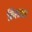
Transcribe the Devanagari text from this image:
सिलतरा